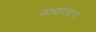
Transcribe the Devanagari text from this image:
माधवचार्य